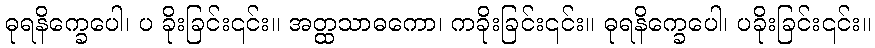
ဓုရနိက္ခေပေါ၊ ပ ခိုးခြင်း၎င်း။ အတ္ထသာဓကော၊ ကခိုးခြင်း၎င်း။ ဓုရနိက္ခေပေါ၊ ပခိုးခြင်း၎င်း။